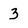
Character: 3